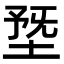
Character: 𡍳